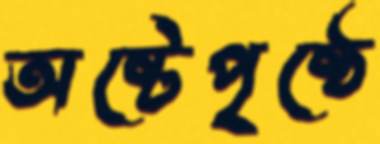
অষ্টেপৃষ্ঠে